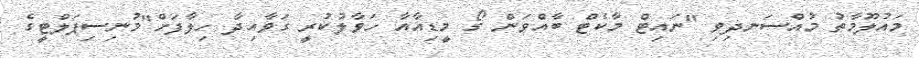
މައުލޫމާތު މުއްސަނދިވި "ނައިޓް މާކެޓް ބާއްވަން ގޯ މީޑިއާއާ ހަވާލުކުރީ ގަވާއިދާ ހިލާފަށް"މުނިސިޕަލްޓީގެ